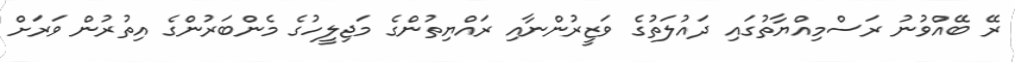
ރޭ ބޭއްވުނު ރަސްމިއްޔާތުގައި ދައުލަތުގެ ވަޒީރުންނާއި ރައްޔިތުންގެ މަޖިލީހުގެ މެންބަރުންގެ އިތުރުން ވަރަށް